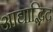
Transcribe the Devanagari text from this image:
आद्याद्भिद